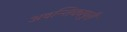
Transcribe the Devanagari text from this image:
अवन्तिकापुरी